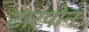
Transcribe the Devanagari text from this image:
टारपोन